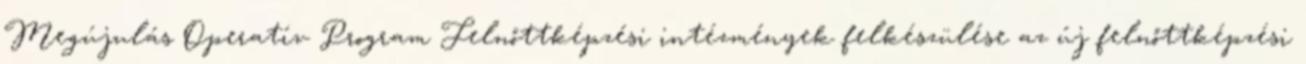
Megújulás Operatív Program Felnőttképzési intézmények felkészülése az új felnőttképzési